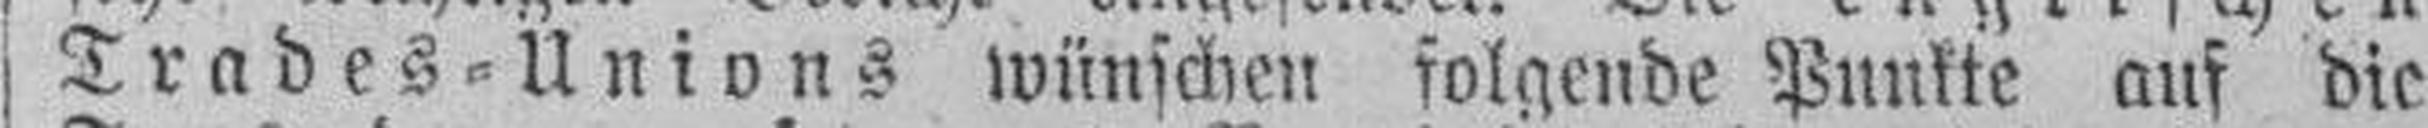
Trades=Unions wünschen folgende Punkte auf die